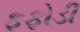
ફફોડી